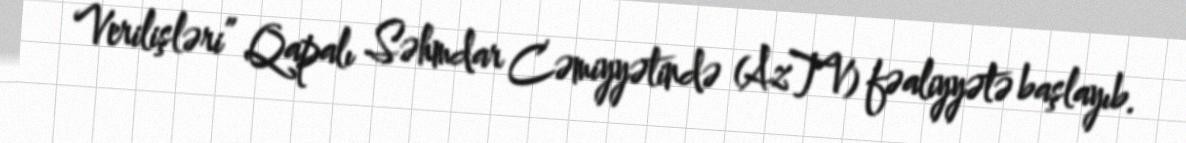
Verilişləri” Qapalı Səhmdar Cəmiyyətində (AzTV) fəaliyyətə başlayıb.